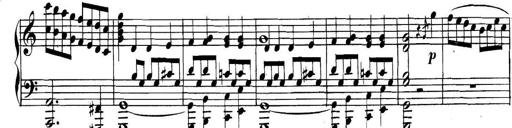
Title: Collected Piano Sonatas
Composer: Muzio Clementi